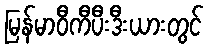
မြန်မာဝီကီပီးဒီးယားတွင်